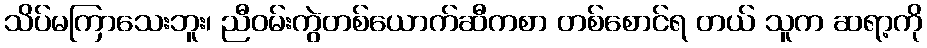
သိပ်မကြာသေးဘူး၊ ညီဝမ်းကွဲတစ်ယောက်ဆီကစာ တစ်စောင်ရ တယ် သူက ဆရာ့ကို